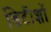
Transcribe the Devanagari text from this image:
ब्रिटीशों